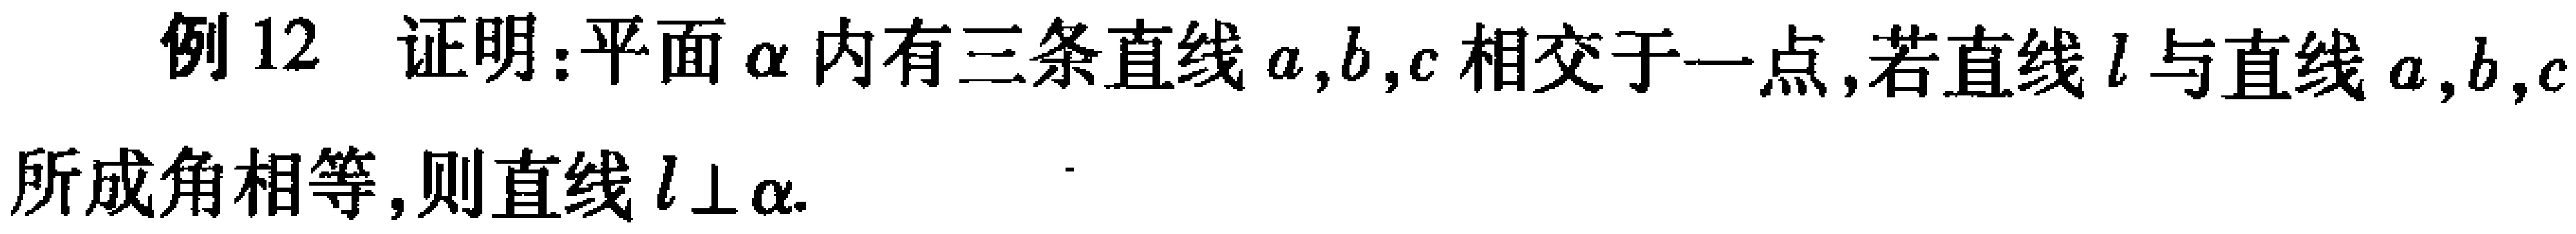
例 12 证明：平面\(\alpha\)内有三条直线\(a,b,c\)相交于一点，若直线\(l\)与直线\(a,b,c\)所成角相等，则直线\(l\perp\alpha\).